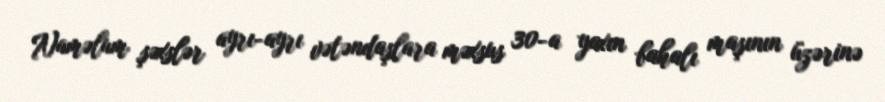
Naməlum şəxslər ayrı-ayrı vətəndaşlara məxsus 30-a yaxın bahalı maşının üzərinə